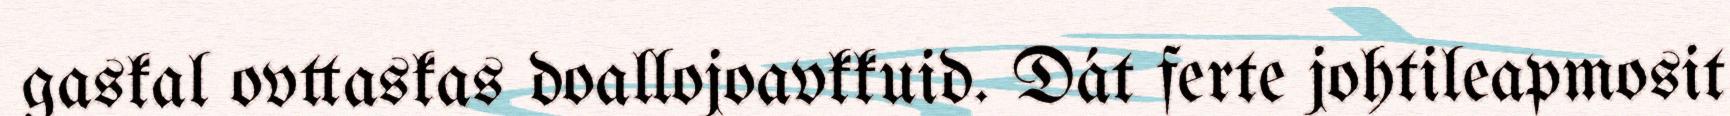
gaskal ovttaskas doallojoavkkuid. Dát ferte johtileapmosit